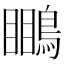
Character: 𪄊